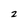
Character: 2